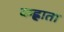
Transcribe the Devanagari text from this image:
कह्लाता